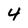
Character: 4